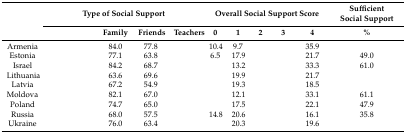
<table><thead><tr><td rowspan="2">[EMPTY_CELL]</td><td colspan="4"><b>Type of Social Support</b></td><td colspan="5"><b>Overall Social Support Score</b></td><td><b>Sufficient Social Support</b></td></tr><tr><td>[EMPTY_CELL]</td><td><b>Family</b></td><td><b>Friends</b></td><td><b>Teachers</b></td><td><b>0</b></td><td><b>1</b></td><td><b>2</b></td><td><b>3</b></td><td><b>4</b></td><td><b>%</b></td></tr></thead><tbody><tr><td>Armenia</td><td>[EMPTY_CELL]</td><td>84.0</td><td>77.8</td><td>[EMPTY_CELL]</td><td>10.4</td><td>9.7</td><td>[EMPTY_CELL]</td><td>[EMPTY_CELL]</td><td>35.9</td><td>[EMPTY_CELL]</td></tr><tr><td>Estonia</td><td>[EMPTY_CELL]</td><td>77.1</td><td>63.8</td><td>[EMPTY_CELL]</td><td>6.5</td><td>17.9</td><td>[EMPTY_CELL]</td><td>[EMPTY_CELL]</td><td>21.7</td><td>49.0</td></tr><tr><td>Israel</td><td>[EMPTY_CELL]</td><td>84.2</td><td>68.7</td><td>[EMPTY_CELL]</td><td>[EMPTY_CELL]</td><td>13.2</td><td>[EMPTY_CELL]</td><td>[EMPTY_CELL]</td><td>33.3</td><td>61.0</td></tr><tr><td>Lithuania</td><td>[EMPTY_CELL]</td><td>63.6</td><td>69.6</td><td>[EMPTY_CELL]</td><td>[EMPTY_CELL]</td><td>19.9</td><td>[EMPTY_CELL]</td><td>[EMPTY_CELL]</td><td>21.7</td><td>[EMPTY_CELL]</td></tr><tr><td>Latvia</td><td>[EMPTY_CELL]</td><td>67.2</td><td>54.9</td><td>[EMPTY_CELL]</td><td>[EMPTY_CELL]</td><td>19.3</td><td>[EMPTY_CELL]</td><td>[EMPTY_CELL]</td><td>18.5</td><td>[EMPTY_CELL]</td></tr><tr><td>Moldova</td><td>[EMPTY_CELL]</td><td>82.1</td><td>67.0</td><td>[EMPTY_CELL]</td><td>[EMPTY_CELL]</td><td>12.1</td><td>[EMPTY_CELL]</td><td>[EMPTY_CELL]</td><td>33.1</td><td>61.1</td></tr><tr><td>Poland</td><td>[EMPTY_CELL]</td><td>74.7</td><td>65.0</td><td>[EMPTY_CELL]</td><td>[EMPTY_CELL]</td><td>17.5</td><td>[EMPTY_CELL]</td><td>[EMPTY_CELL]</td><td>22.1</td><td>47.9</td></tr><tr><td>Russia</td><td>[EMPTY_CELL]</td><td>68.0</td><td>57.5</td><td>[EMPTY_CELL]</td><td>14.8</td><td>20.6</td><td>[EMPTY_CELL]</td><td>[EMPTY_CELL]</td><td>16.1</td><td>35.8</td></tr><tr><td>Ukraine</td><td>[EMPTY_CELL]</td><td>76.0</td><td>63.4</td><td>[EMPTY_CELL]</td><td>[EMPTY_CELL]</td><td>20.3</td><td>[EMPTY_CELL]</td><td>[EMPTY_CELL]</td><td>19.6</td><td>[EMPTY_CELL]</td></tr></tbody></table>